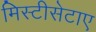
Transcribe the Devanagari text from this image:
मिस्टीसेटाए